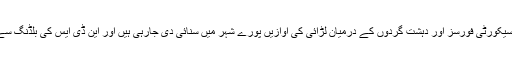
بلال نامی مقامی شخص نے بتایا کہ سیکورٹی فورسز اور دہشت گردوں کے درمیان لڑائی کی آوازیں پورے شہر میں سنائی دی جارہی ہیں اور این ڈی ایس کی بلڈنگ سے دھواں اٹھتا ہوا دکھائی دے رہا ہے۔